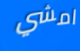
امشي